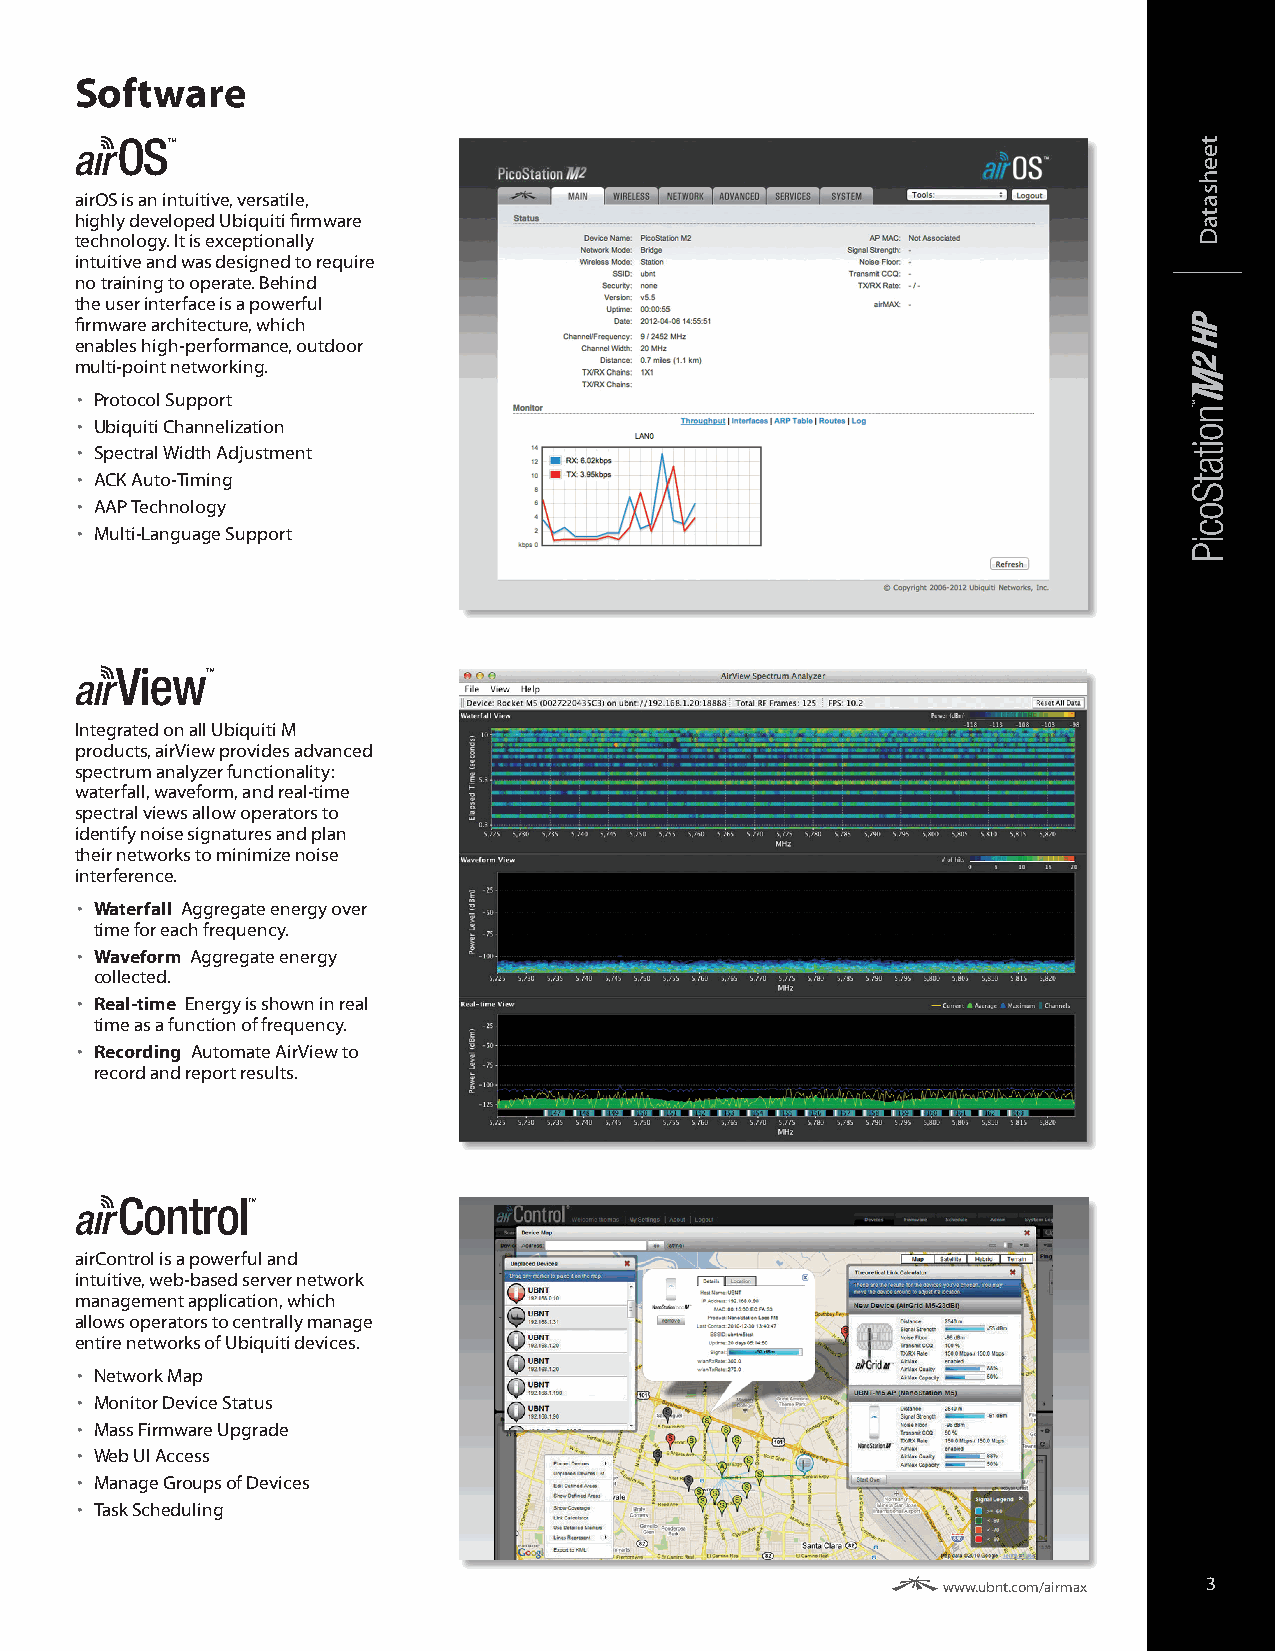
Software
 airOS is an intuitive, versatile,
 highly developed Ubiquiti firmware
 technology. It is exceptionally
 intuitive and was designed to require
 no training to operate. Behind
 the user interface is a powerful
 firmware architecture, which
 enables high‑performance, outdoor
 multi‑point networking.
 • Protocol Support
 • Ubiquiti Channelization
 • Spectral Width Adjustment
 • ACK Auto‑Timing
 • AAP Technology
 • Multi‑Language Support
 Integrated on all Ubiquiti M
 products, airView provides advanced
 spectrum analyzer functionality:
 waterfall, waveform, and real‑time
 spectral views allow operators to
 identify noise signatures and plan
 their networks to minimize noise
 interference.
 • Waterfall Aggregate energy over
 time for each frequency.
 • Waveform Aggregate energy
 collected.
 • Real-time Energy is shown in real
 time as a function of frequency.
 • Recording Automate AirView to
 record and report results.
 airControl is a powerful and
 intuitive, web‑based server network
 management application, which
 allows operators to centrally manage
 entire networks of Ubiquiti devices.
 • Network Map
 • Monitor Device Status
 • Mass Firmware Upgrade
 • Web UI Access
 • Manage Groups of Devices
 • Task Scheduling
 www.ubnt.com/airmax 3
 teehsataD